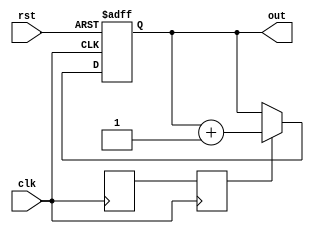
// Copyright 2007 Altera Corporation. All rights reserved.  
// Altera products are protected under numerous U.S. and foreign patents, 
// maskwork rights, copyrights and other intellectual property laws.  
//
// This reference design file, and your use thereof, is subject to and governed
// by the terms and conditions of the applicable Altera Reference Design 
// License Agreement (either as signed by you or found at www.altera.com).  By
// using this reference design file, you indicate your acceptance of such terms
// and conditions between you and Altera Corporation.  In the event that you do
// not agree with such terms and conditions, you may not use the reference 
// design file and please promptly destroy any copies you have made.
//
// This reference design file is being provided on an "as-is" basis and as an 
// accommodation and therefore all warranties, representations or guarantees of 
// any kind (whether express, implied or statutory) including, without 
// limitation, warranties of merchantability, non-infringement, or fitness for
// a particular purpose, are specifically disclaimed.  By making this reference
// design file available, Altera expressly does not recommend, suggest or 
// require that this reference design file be used in combination with any 
// other product not provided by Altera.
/////////////////////////////////////////////////////////////////////////////

// baeckler - 11-14-2005
// counter with unstable count enable signal based
// on ring oscillator.

module ring_counter (clk,rst,out);

parameter DELAY = 100;

input clk,rst;
output [15:0] out;

wire [DELAY-1:0] delay_line /* synthesis keep */;

reg [15:0] cntr;
reg sync0;
reg wobble;

// unstable ring oscillator
genvar i;
generate
for (i=1; i<DELAY; i=i+1)
  begin : del
    assign delay_line [i] = delay_line[i-1];
  end
endgenerate
assign delay_line [0] = !delay_line [DELAY-1];

// sync it over to the input clock
always @(posedge clk) begin
  sync0 <= delay_line[0];
  wobble <= sync0;
end

// count when the wobbly oscillator is high
always @(posedge clk or posedge rst) begin
  if (rst) cntr <= 0;
  else if (wobble) cntr <= cntr + 1;
end

assign out = cntr;

endmodule